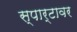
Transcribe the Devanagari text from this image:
स्पार्टावर